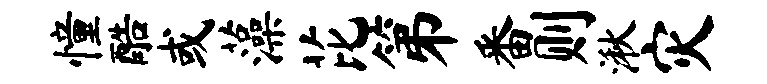
憧酷或藻芘第番则湫灾